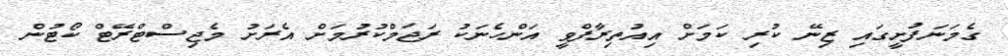
ގެމަނަފުށީގައި ޒިނޭ ކުރި ކަމަށް އިއުތިރާފްވީ އަންހެނަކު ރަޖަމްކުރުމަށް އެރަށު މެޖިސްޓްރޭޓް ކޯޓުން